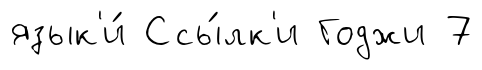
язык'и́ Ссы́лк'и Годжи 7